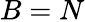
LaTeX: B=N